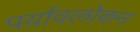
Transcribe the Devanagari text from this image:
पर्यावलोकन